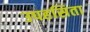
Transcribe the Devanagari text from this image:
उपहसिता